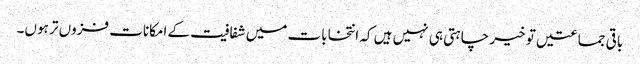
باقی جماعتیں تو خیر چاہتی ہی نہیں ہیں کہ انتخابات میں شفافیت کے امکانات فزوں تر ہوں۔